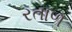
રતાળ